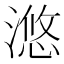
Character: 滺